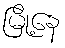
မြို့နေ